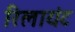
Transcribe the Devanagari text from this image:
रिलायंट